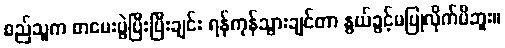
စည်သူက စာမေးပွဲပြီးပြီးချင်း ရန်ကုန်သွားချင်တာ နွယ်ခွင့်မပြုလိုက်မိဘူး။